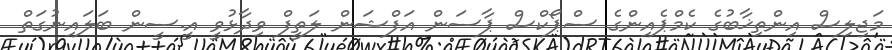
މަޖިލިސް އިންތިޚާބުގެ ކެމްޕެއިންގެ ސްޕޯކްސް ޕާސަން އަފްޝަން ލަތީފް ވިދާޅުވީ އީ.ސީން ބަލައިނުގަތް